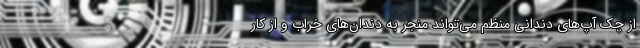
از چک آپ‌های دندانی منظم می‌تواند منجر به دندان‌های خراب و از کار